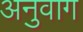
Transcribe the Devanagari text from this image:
अनुवाग